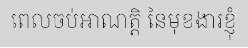
ពេលចប់អាណត្តិ នៃមុខងារខ្ញុំ